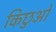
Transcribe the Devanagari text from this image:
किछुओ